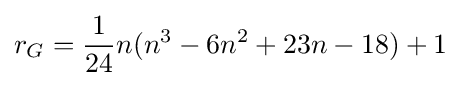
r_{G}={\frac {1}{24}}n(n^{3}-6n^{2}+23n-18)+1